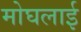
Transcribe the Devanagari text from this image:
मोघलाई